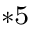
^ { * 5 }